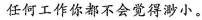
任何工作你都不会觉得渺小。